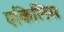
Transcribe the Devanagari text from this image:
एकिलिस